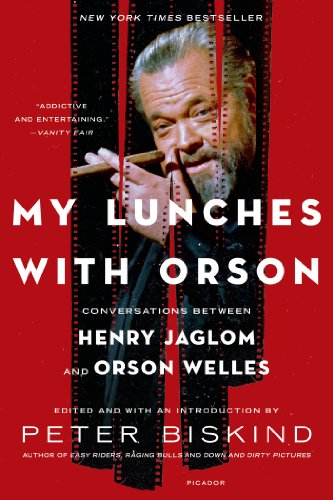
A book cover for My Lunches with Orson: Conversations between Henry Jaglom and Orson Welles; Peter Biskind; Biographies & Memoirs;